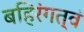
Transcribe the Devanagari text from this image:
बहिरंगत्वं